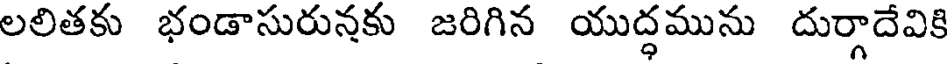
లలితకు భండాసురునకు జరిగిన యుద్ధమును దుర్గాదేవికి